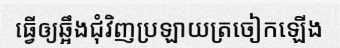
ធ្វើឲ្យឆ្អឹងជុំវិញប្រឡាយត្រចៀកឡើង